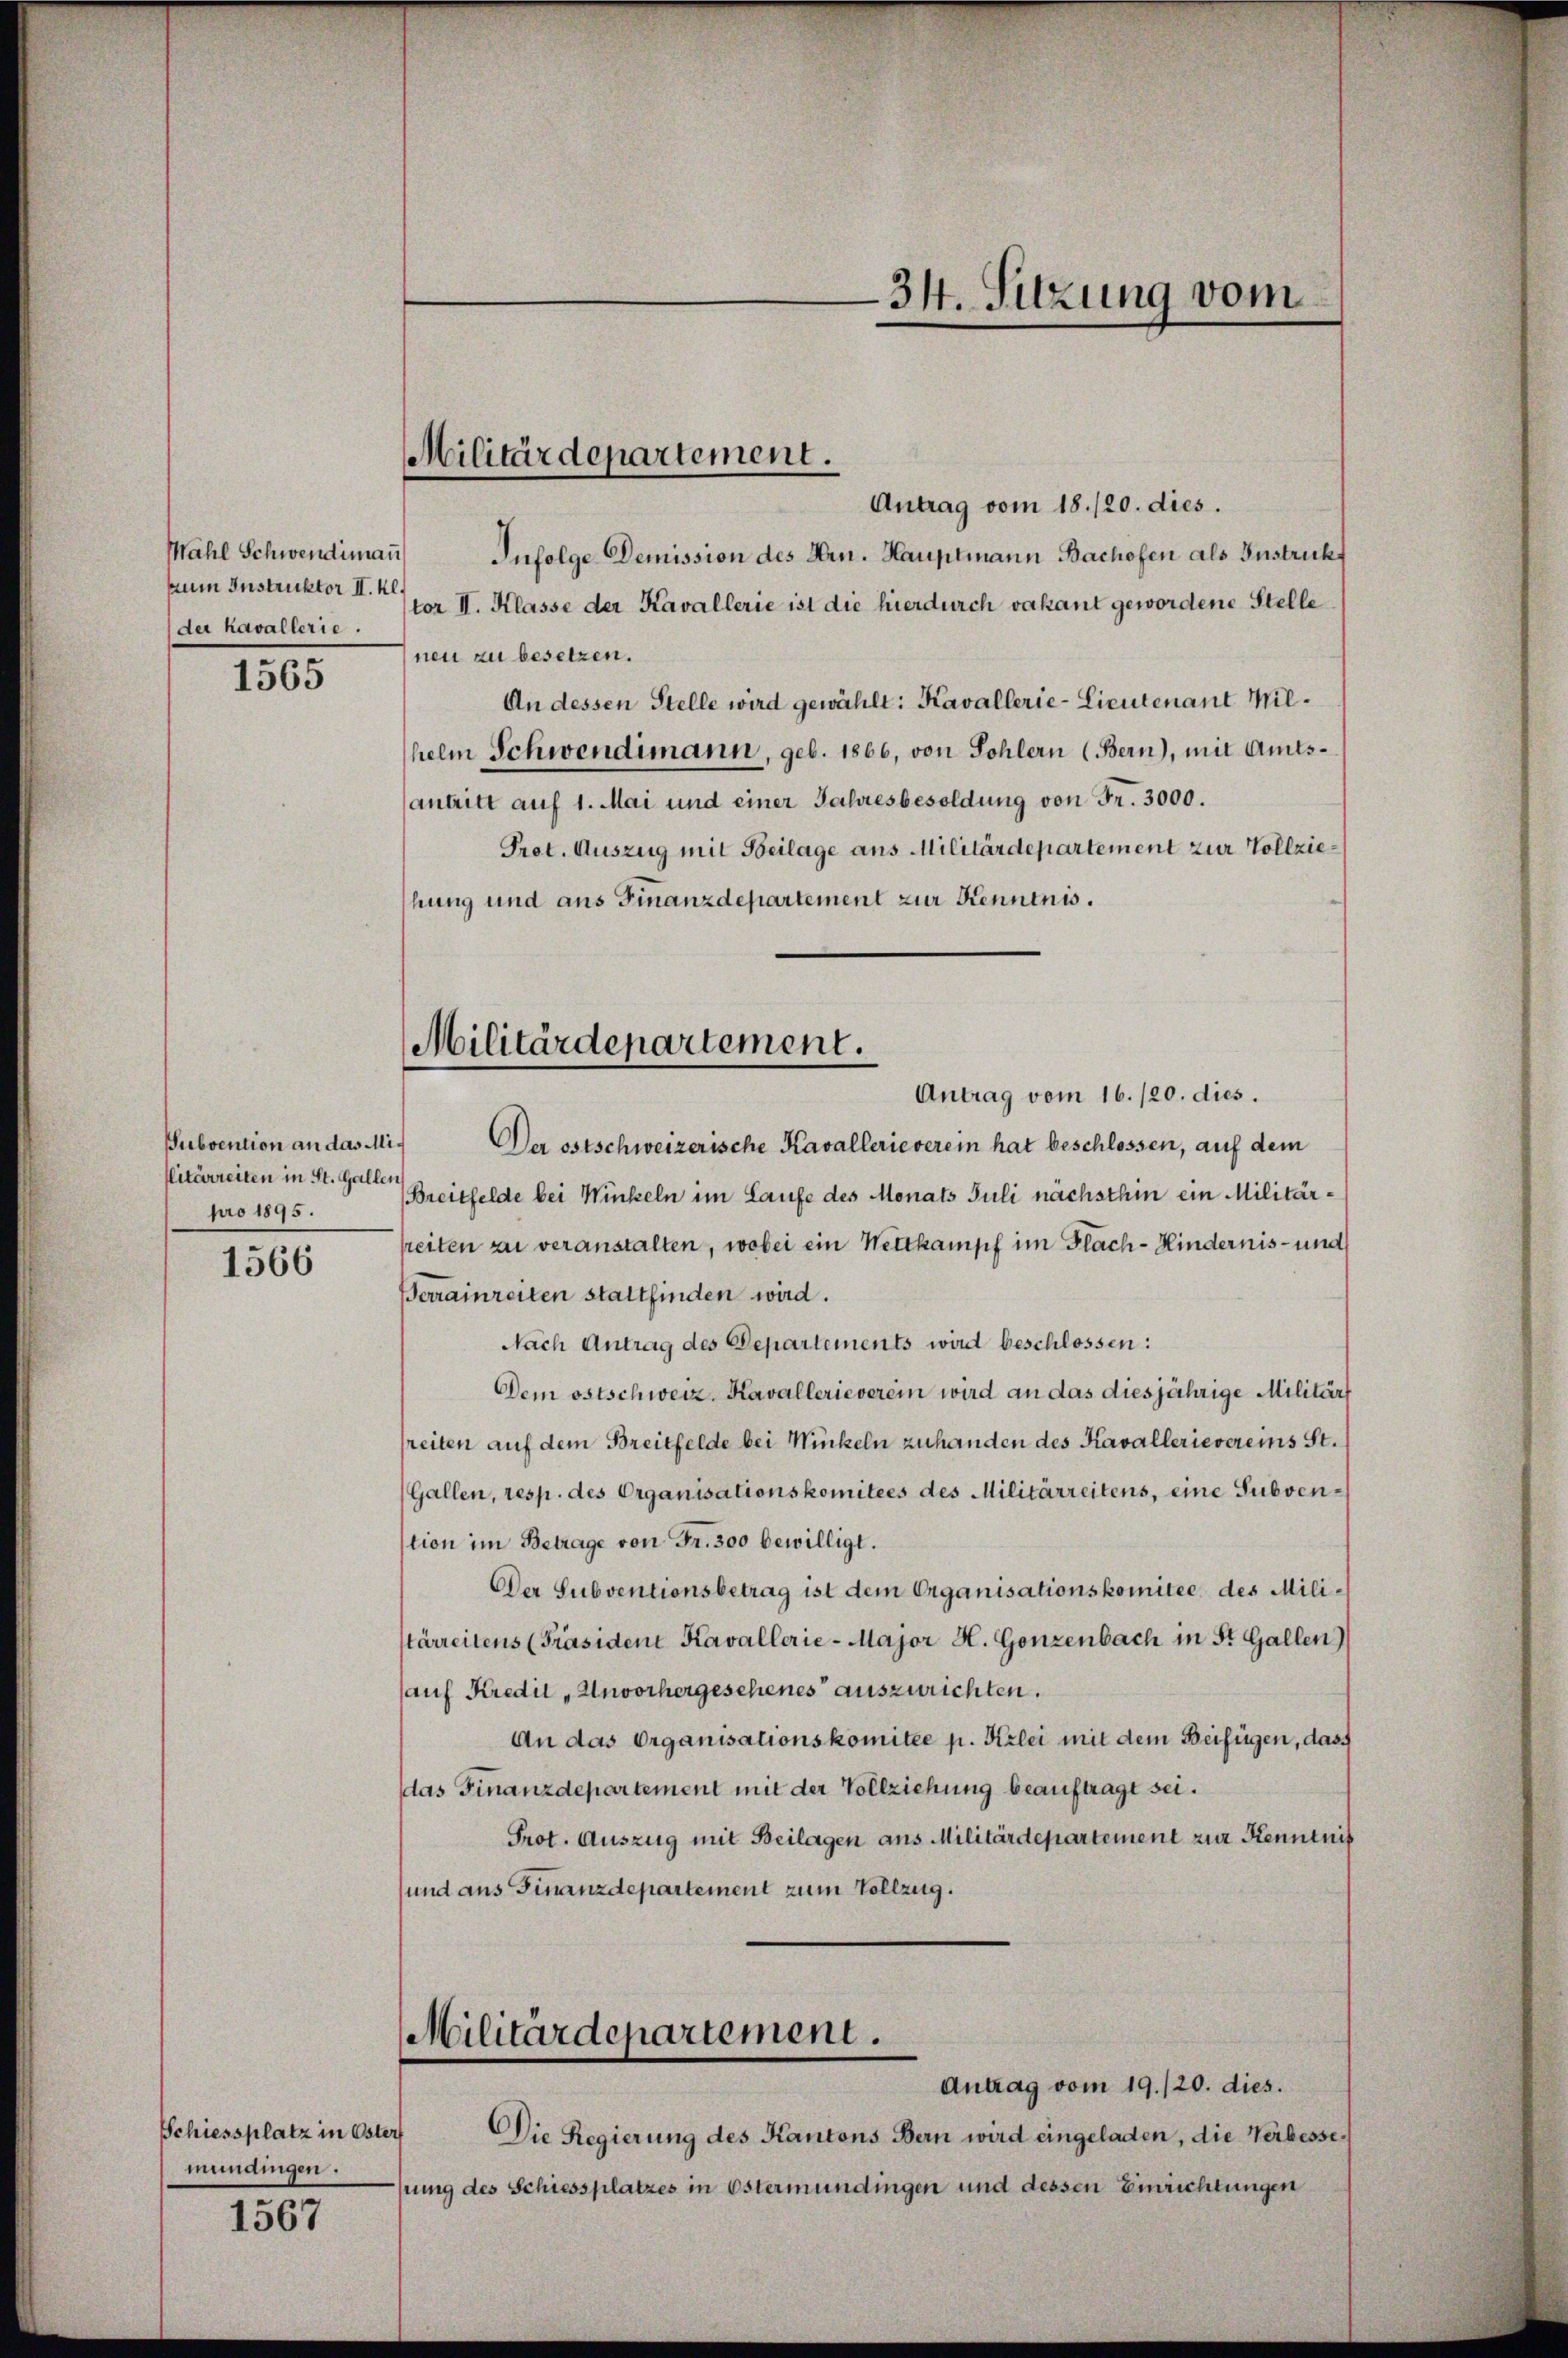
pum Instruktor II. Kl.
der Kavallerie.

1565

Subvention an das Militärreiten in St. Gallen
pro 1895.

1566

Schiessplatz in Öster
mimangen.

1567

Militärdepartement.

Antrag vom 18./20. dies.
Mahl Schwendimaṅ Infolge Demission des Hrn. Hauptmann Bachofen als Instrukt
tor II. Klasse der Kavallerie ist die hierdurch vakant gewordene Stelle
neu zu besetzen.
An dessen Stelle wird gewählt: Kavallerie-Lieutenant Milhelm Schwendimann, geb. 1866, von Sohlern (Bern), mit Amtsantritt auf 1. Mai und einer Jahresbesoldung von Fr. 3000.
Prot. Auszug mit Beilage ans Militärdepartement zur Vollziehung und aus Finanzdepartement zur Kenntnis.

Militärdepartement.

Antrag vom 16./20. dies.
Der ostschweizerische Kavallerieverein hat beschlossen, auf dem
Breitfelde bei Winkeln im Laufe des Monats Juli nächsthin ein Militärtreiten zu veranstalten, wobei ein Nettkampf im Flach-Kindernis - und
Berrainreiten stattfinden wird.
Nach Antrag des Departements wird beschlossen:
Dem ostschweiz. Kavallerieverein wird an das diesjährige Militärf
freiten auf dem Breitfelde bei Mückeln zuhanden des Kavallerievereins St.
(Gallen, resp. des Organisationskomitees des Militärreitens, eine Subvenstion im Betrage von Fr. 300 bewilligt.
Der Subventionsbetrag ist dem Organisationskomitee des Milistärreitens (Präsiden Kavallerie-Major H. Gonzenbach in St. Gallen)
auf Kredil „Unvorhergeschenes auszurichten.
An das Organisationskomitée p. Kzlei mit dem Beifügen, dass
das Finanzdepartement mit der Vollziehung beauftragt sei.
Prot. Auszug mit Beilagen aus Militärdepartement zur Kenntnis
und aus Finanzdepartement zum Vollzug.
Militärdepartement.
Antrag vom 19./20. dies.
Die Regierung des Kantons Bern wird eingeladen, die Verbessehrung des Schiessplatzes in Östermündingen und dessen Einrichtungen

34. Sitzung vom